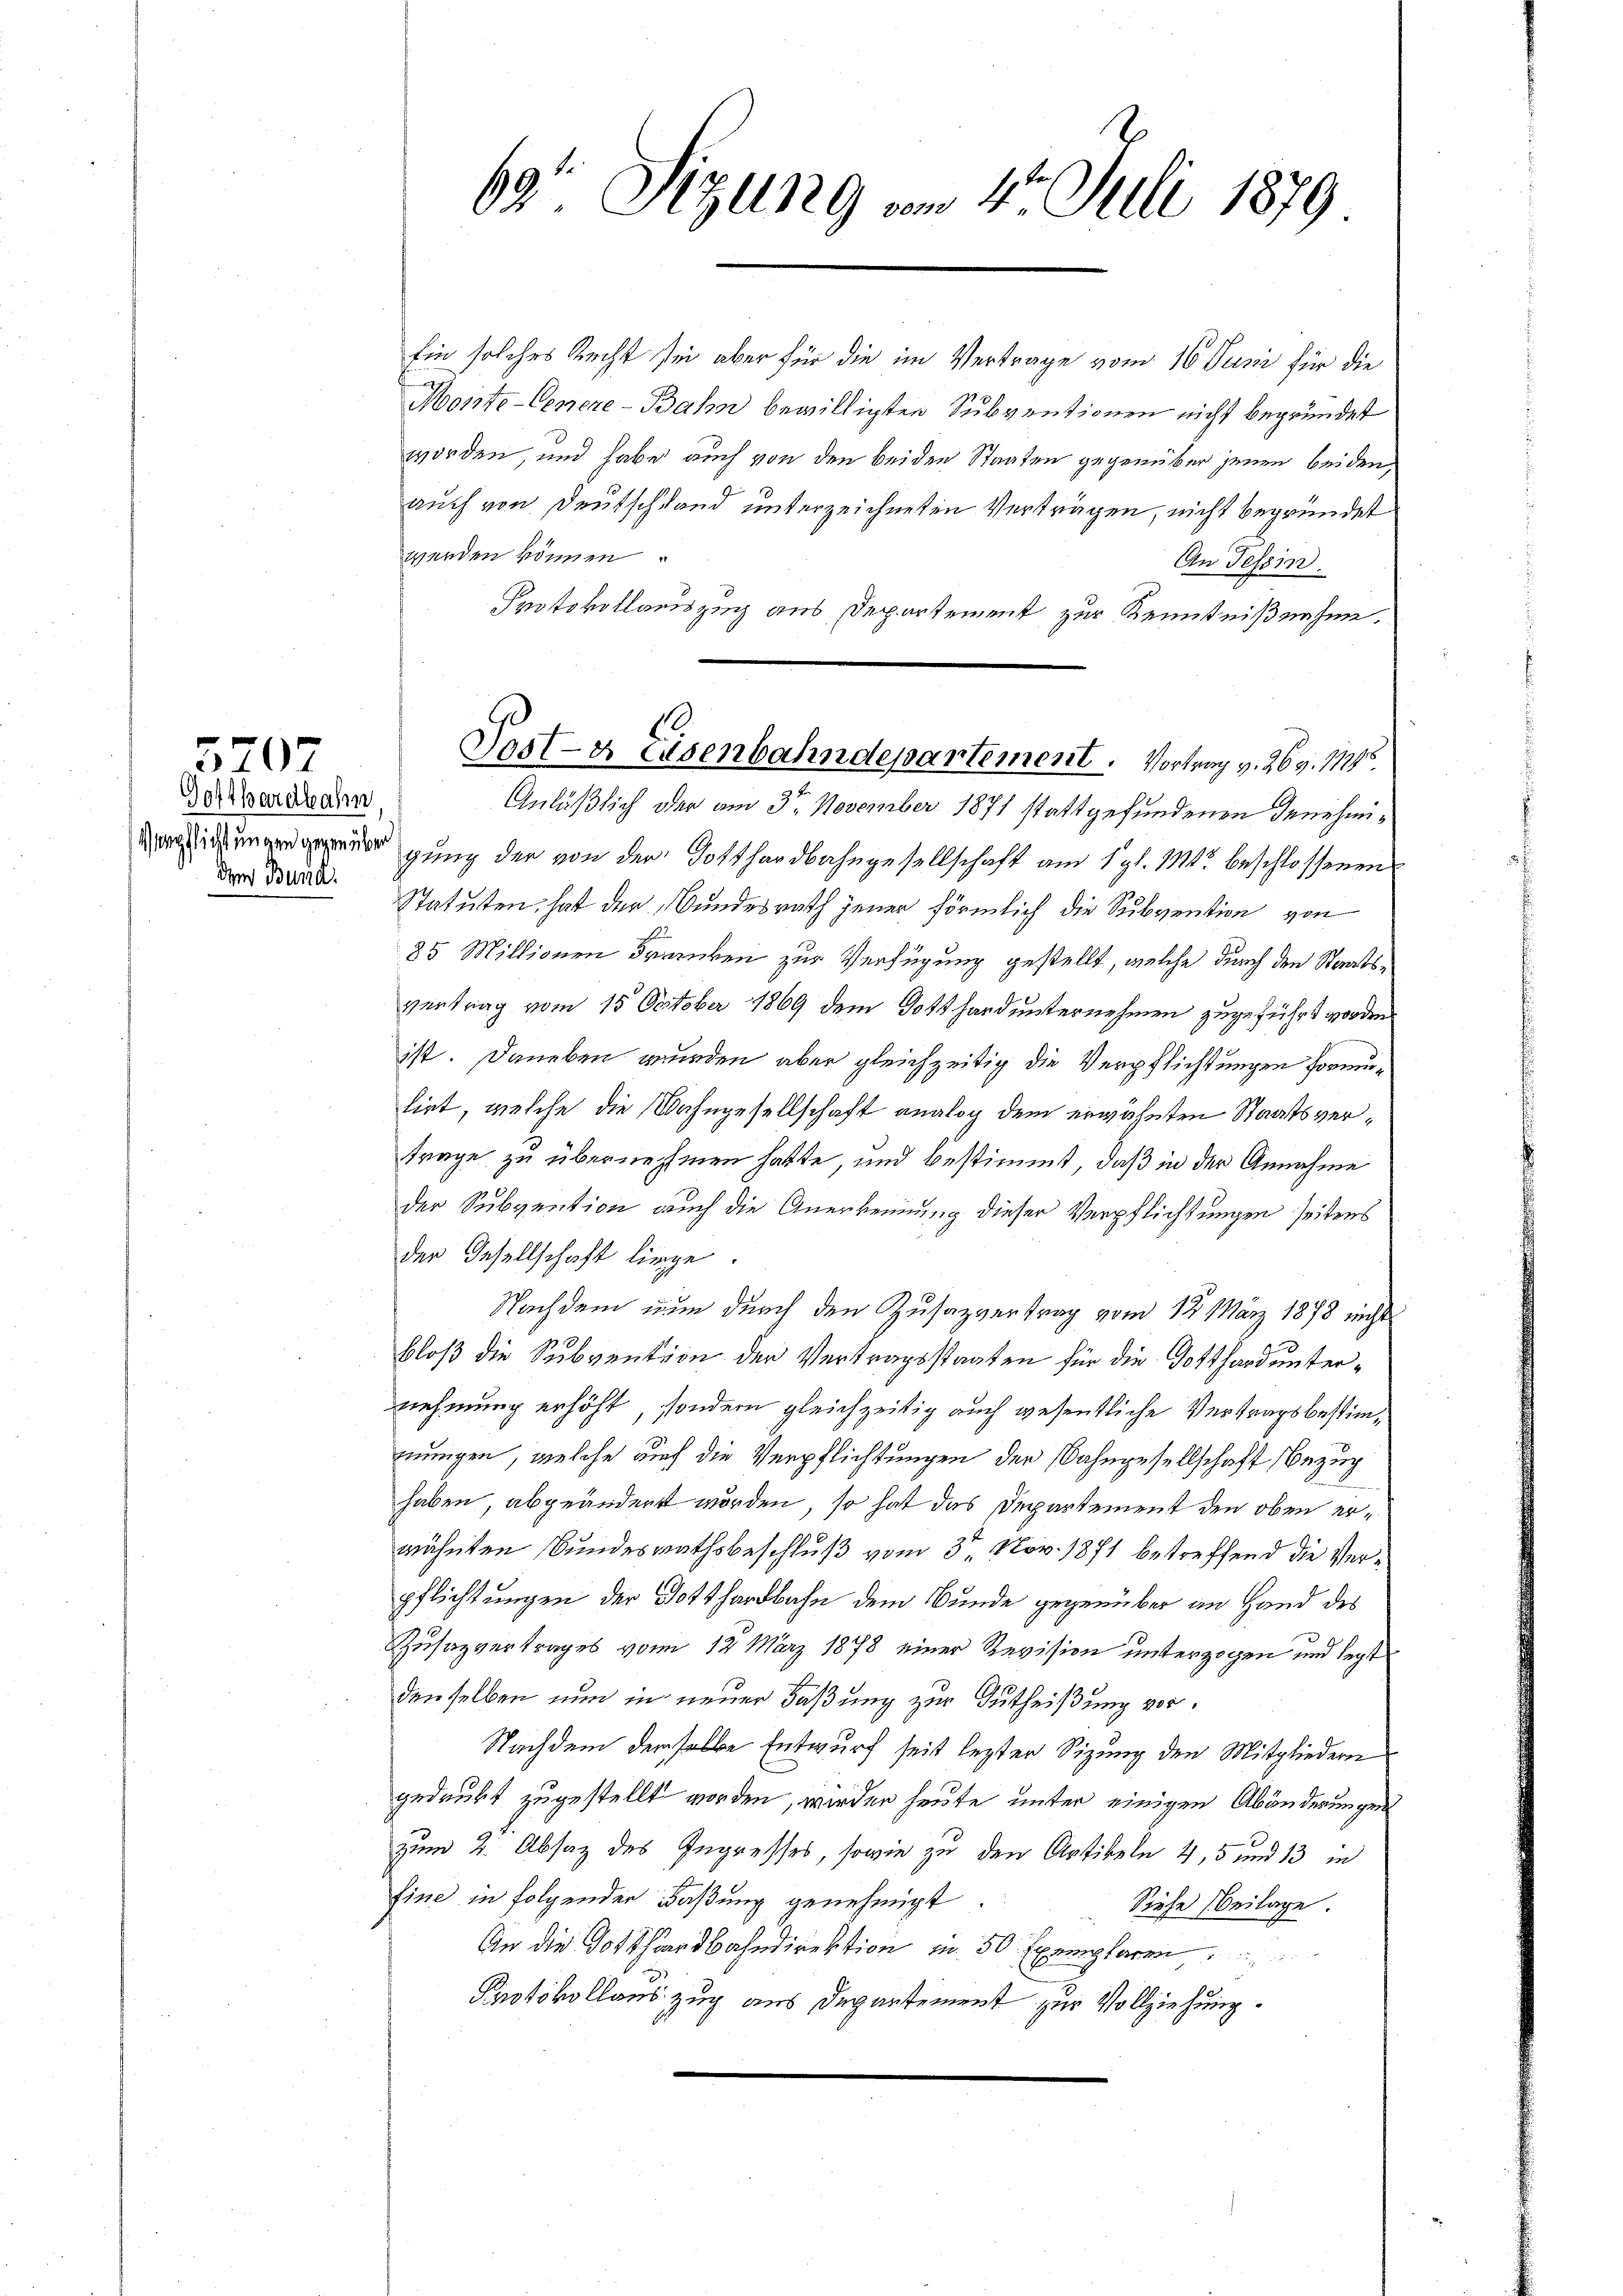
5707

Gottharetbahn
dem Bund

Ein solches Recht sei aber für die im Vertrage vom 16. Juni für die
Moite-Genere-Bahn bewilligten Subventionen nicht begründet
worden, und habe auch von den beiden Staaten gegenüber jenen beiden,
auch von Deutschland unterzeichneten Verträgen, nicht begründet
werden können
An Tessin.
Protokollauszug aus Departement zur Kenntnißnahme.
Anläßlich der am 3ten November 1871 stattgefundenen Genehmi¬
 gung der von der Gotthardbahngesellschaft am 1. gl. M. beschlossenen
Statuten, hat der Bundesrath jener förmlich die Subvention von
85 Millionen Drancken zur Verfügung gestellt, welche durch den Staatsvertrag vom 15. October 1869 dem Gotthard unternehmen zugeführt worden
ist. Daneben wurden aber gleichzeitig die Verpflichtungen formuliet, welche die Wahngesellschaft analog dem erwähnten Staatsvertrage zu übernehmen hatte, und bestimmt, daß in der Annahme
der Subvention auch die Anerkennung dieser Verpflichtungen seitens
der Gesellschaft liege.
Nachdem nun durch den Zusatzvertrag vom 12. März 1878 nicht
bloß die Subvention der Vertragsstaaten für die Gotthard unternehmung erhöht, sondern gleichzeitig auch wesentliche Vertragsbestimnnungen, welche auch die Verpflichtungen der Bahngesellschaft Bezug
haben, abgeändert worden, so hat das Departement den oben erwähnten Bundesrathsbeschluß vom 3. Nov. 1871 betreffend die Verpflichtungen der Gotthardbahn dem Bunde gegenüber an Hand des
Zusazvertrages vom 12. März 1878 einer Revision unterzogen und legt
denselben nun in neuer Faßung zur Gutheißung vor¬
Nachdem derselbe Entwurf seit lezter Sizung den Mitgliedern
gedaubt zugestellt worden, wieder heute unter einigen Abänderungen
zum 2. Absaz des Ingresses, sowie zu den Artikeln 4, 5 und 13 in
fine in folgender Faßung genehmigt.
Siehe Beilage.
An die Bahndirektion u. 50 Exemplaren
Protokollauszug aus Departement zur Vollziehung.

69. Sitzung am 4. Juli 1879

Post- & Eisenbahndepartement. Vortrag v. 269. 1774.